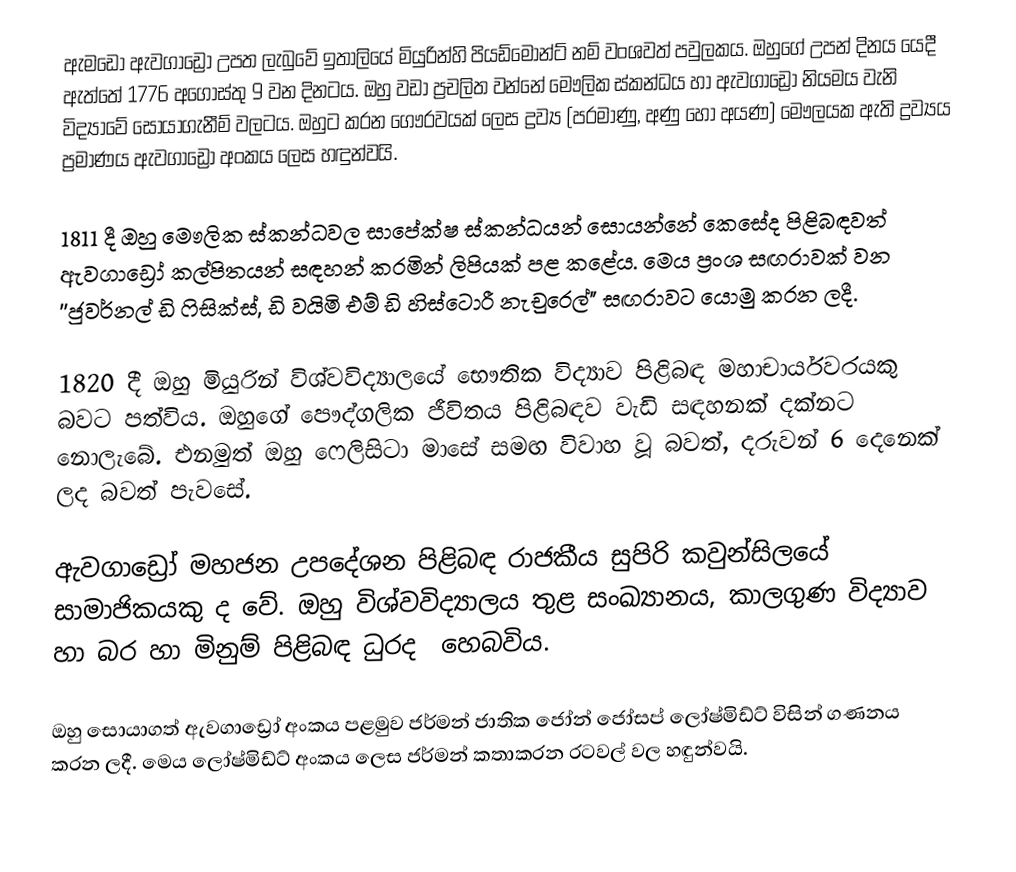
ඇමඩෝ ඇවගාඩ්‍රෝ උපත ලැබුවේ ඉතාලියේ මියුරින්හි පියඩ්මොන්ට් නම් වංශවත් පවුලකය. ඔහුගේ උපන් දිනය යෙදී ඇත්තේ 1776 අගෝස්තු 9 වන දිනටය. ඔහු වඩා ප්‍රචලිත වන්නේ මෞලික ස්කන්ධය හා ඇවගාඩ්‍රෝ නියමය වැනි විද්‍යාවේ සොයාගැනීම් වලටය. ඔහුට කරන ගෞරවයක් ලෙස ද්‍රව්‍ය (පරමාණු, අණු හෝ අයණ) මෞලයක ඇති ද්‍රව්‍යය ප්‍රමාණය ඇවගාඩ්‍රෝ අංකය ලෙස හඳුන්වයි.

1811 දී ඔහු මෞලික ස්කන්ධවල සාපේක්ෂ ස්කන්ධයන් සොයන්නේ කෙසේද පිළිබඳවත් ඇවගාඩ්‍රෝ කල්පිතයන් සඳහන් කරමින් ලිපියක් පළ කළේය. මෙය ප්‍රංශ සඟරාවක් වන ''ජුවර්නල් ඩි ෆිසික්ස්, ඩි වයිමි එම් ඩි හිස්ටොරී නැචුරෙල්" සඟරාවට යොමු කරන ලදී.

1820 දී ඔහු මියුරින් විශ්වවිද්‍යාලයේ භෞතික විද්‍යාව පිළිබඳ මහාචාර්යවරයකු බවට පත්විය. ඔහුගේ පෞද්ගලික ජීවිතය පිළිබඳව වැඩි සඳහනක් දක්නට නොලැබේ. එනමුත් ඔහු ෆෙලිසිටා මාසේ සමඟ විවාහ වූ බවත්, දරුවන් 6 දෙනෙක් ලද බවත් පැවසේ.

ඇවගාඩ්‍රෝ මහජන උපදේශන පිළිබඳ රාජකීය සුපිරි කවුන්සිලයේ සාමාජිකයකු ද වේ. ඔහු විශ්වවිද්‍යාලය තුළ සංඛ්‍යානය, කාලගුණ විද්‍යාව හා බර හා මිනුම් පිළිබඳ ධුරද ‍ හෙබවිය.

ඔහු සොයාගත් ඇවගාඩ්‍රෝ අංකය පළමුව ජර්මන් ජාතික ජෝන් ජෝසප් ලෝෂ්මිඩ්ට් විසින් ගණනය කරන ලදී. මෙය ලෝෂ්මිඩ්ට් අංකය ලෙස ජර්මන් කතාකරන රටවල් වල හඳුන්වයි.